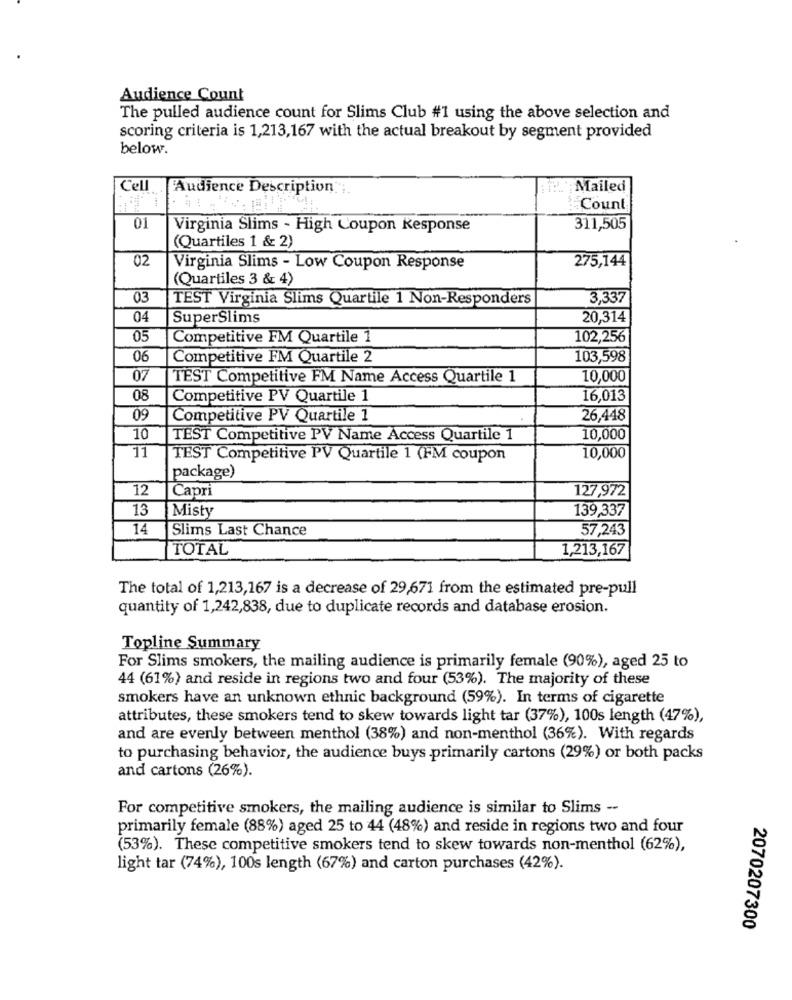
Audience Count
The pulled audience count for Slims Club #1 using the above selection and
scoring criteria is 1,213,167 with the actual breakout by segment provided
below.
Cell
Audience Description" ;.
Mailed
Count
01
Virginia Slims - High Coupon Response
311,505
(Quartiles 1 & 2)
02
275,144
Virginia Slims - Low Coupon Response
(Quartiles 3 & 4)
03
TEST Virginia Slims Quartile 1 Non-Responders
3,337
04
SuperSlims
20,314
05
Competitive FM Quartile 1
102,256
06
Competitive FM Quartile 2
103,598
07
TEST Competitive FM Name Access Quartile 1
10,000
08
Competitive PV Quartile 1
16,013
09
Competitive PV Quartile 1
26,448
10
TEST Competitive PV Name Access Quartile 1
10,000
11
TEST Competitive PV Quartile 1 (FM coupon
10,000
package)
12
Capri
127,972
13
Misty
139,337
14
Slims Last Chance
57,243
TOTAL
1,213,167
The total of 1,213,167 is a decrease of 29,671 from the estimated pre-pull
quantity of 1,242,838, due to duplicate records and database erosion.
Topline Summary
For Slims smokers, the mailing audience is primarily female (90%), aged 25 to
44 (61%) and reside in regions two and four (53%). The majority of these
smokers have an unknown ethnic background (59%). In terms of cigarette
attributes, these smokers tend to skew towards light tar (37%), 100s length (47%),
and are evenly between menthol (38%) and non-menthol (36%). With regards
to purchasing behavior, the audience buys primarily cartons (29%) or both packs
and cartons (26%).
For competitive smokers, the mailing audience is similar to Slims --
primarily female (88%) aged 25 to 44 (48%) and reside in regions two and four
(53%). These competitive smokers tend to skew towards non-menthol (62%),
light tar (74%), 100s length (67%) and carton purchases (42%).
2070207300